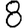
Digit: 8